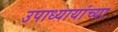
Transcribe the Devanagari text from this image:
उपाध्यायांच्या